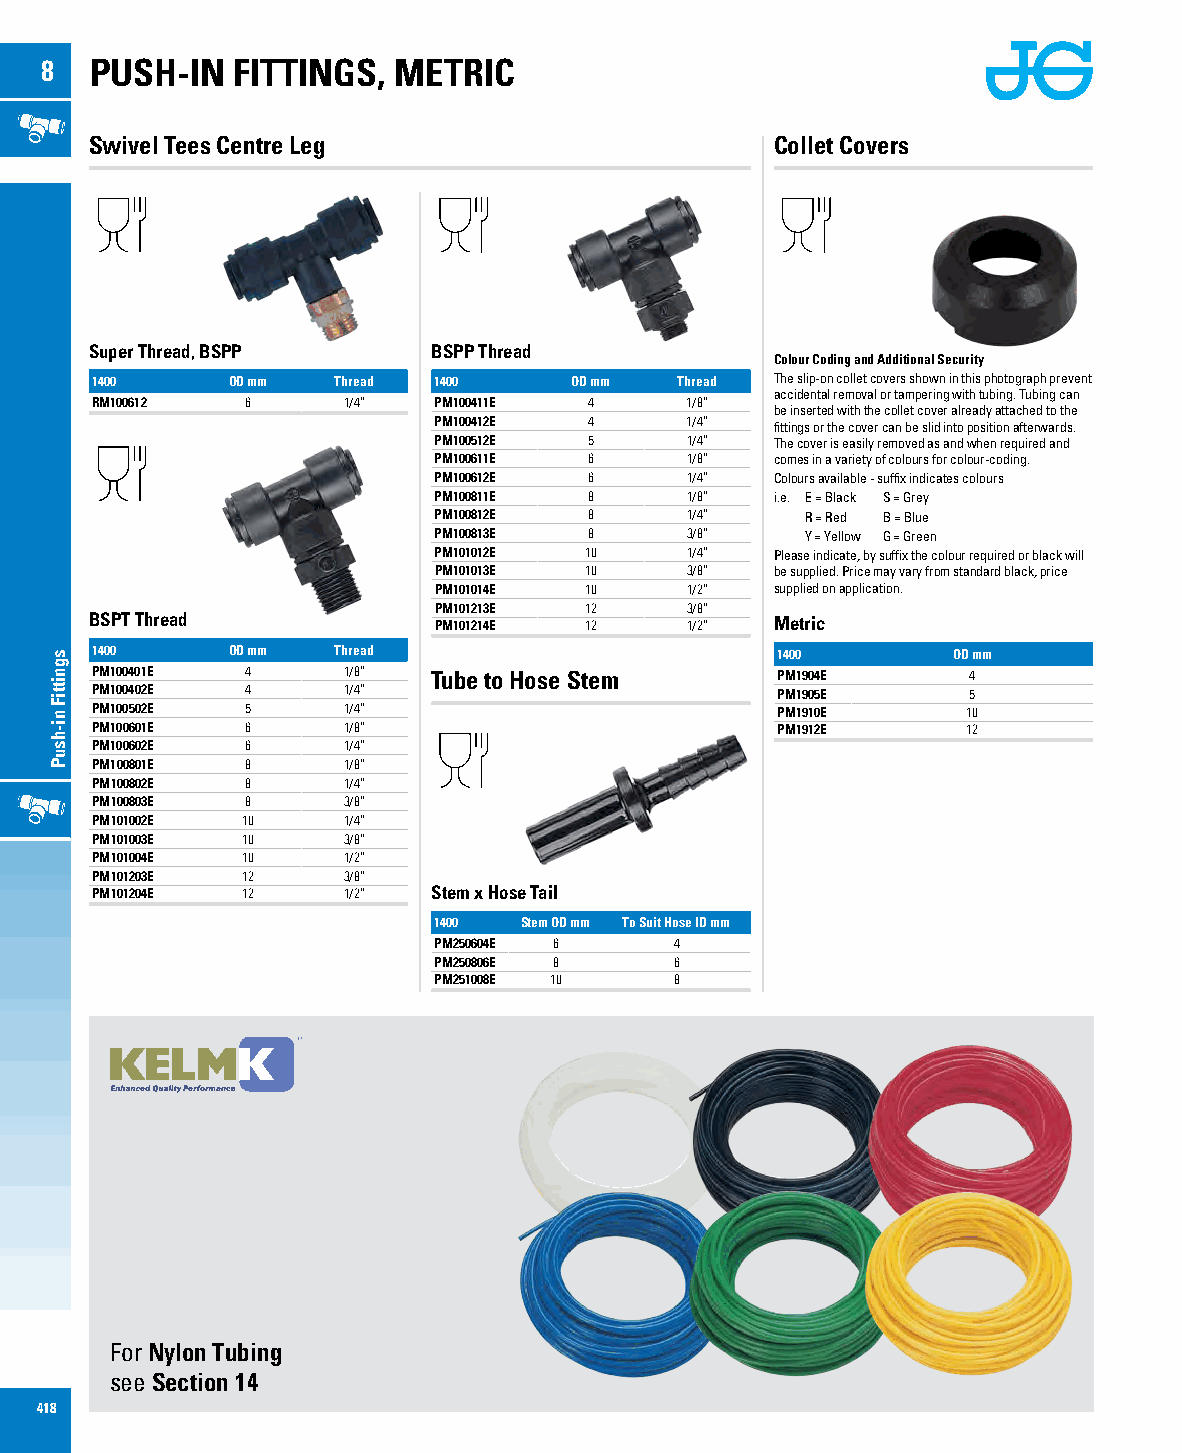
8  PUSH-IN  FITTINGS,  METRIC
 Swivel Tees Centre Leg                       Collet Covers
 Super Thread, BSPP     BSPP Thread
 Colour Coding and Additional Security
 1400     OD mm  Thread 1400     OD mm  Thread The slip-on collet covers shown in this photograph prevent
 accidental removal or tampering with tubing. Tubing can
 RM100612  6      1/4”  PM100411E 4     1/8”
 be inserted with the collet cover already attached to the
 PM100412E 4     1/4”  fittings or the cover can be slid into position afterwards.
 PM100512E 5     1/4”  The cover is easily removed as and when required and
 PM100611E 6     1/8”  comes in a variety of colours for colour-coding.
 PM100612E 6     1/4”  Colours available - suffix indicates colours
 PM100811E 8     1/8”  i.e. E = Black S = Grey
 PM100812E 8     1/4”    R = Red B = Blue
 PM100813E 8     3/8”    Y = Yellow G = Green
 PM101012E 10    1/4”  Please indicate, by suffix the colour required or black will
 PM101013E 10    3/8”  be supplied. Price may vary from standard black, price
 PM101014E 10    1/2”  supplied on application.
 PM101213E 12    3/8”
 BSPT Thread            PM101214E 12    1/2”  Metric
 1400     OD mm  Thread                       1400        OD mm
 PM100401E 4      1/8”  Tube to Hose Stem     PM1904E      4
 PM100402E 4      1/4”                        PM1905E      5
 PM100502E 5      1/4”                        PM1910E      10
 PM100601E 6      1/8”                        PM1912E      12
 PM100602E 6      1/4”
 PM100801E 8      1/8”
 PM100802E 8      1/4”
 PM100803E 8      3/8”
 PM101002E 10     1/4”
 PM101003E 10     3/8”
 PM101004E 10     1/2”
 PM101203E 12     3/8”
 PM101204E 12     1/2”  Stem x Hose Tail
 1400 Stem OD mm To Suit Hose ID mm
 PM250604E 6     4
 PM250806E 8     6
 PM251008E 10    8
 For Nylon Tubing
 see Section 14
 418
 sgnittiF
 ni-hsuP